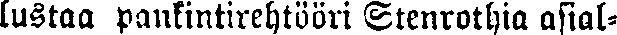
lustaa pankintirehtööri Stenrothia asial-